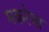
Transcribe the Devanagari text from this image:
मकरेचा